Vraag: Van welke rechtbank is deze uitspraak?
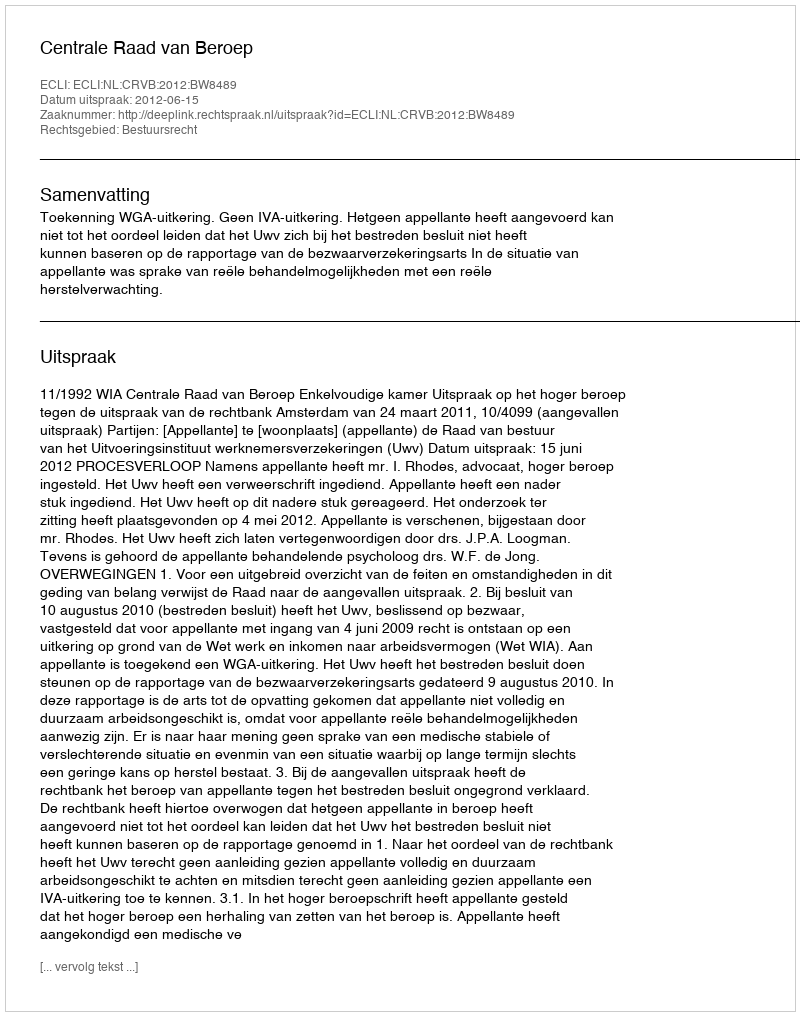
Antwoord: Centrale Raad van Beroep